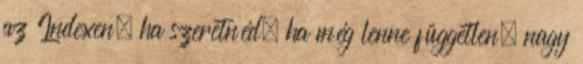
az Indexen, ha szeretnéd, ha még lenne független, nagy